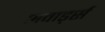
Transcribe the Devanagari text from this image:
अवार्ड्स